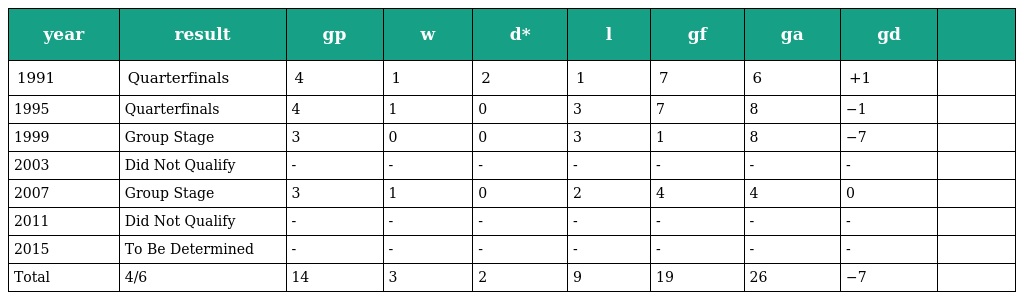
| year | result | gp | w | d* | l | gf | ga | gd |  |
 | --- | --- | --- | --- | --- | --- | --- | --- | --- | --- |
 | 1991 | Quarterfinals | 4 | 1 | 2 | 1 | 7 | 6 | +1 |  |
 | 1995 | Quarterfinals | 4 | 1 | 0 | 3 | 7 | 8 | −1 |  |
 | 1999 | Group Stage | 3 | 0 | 0 | 3 | 1 | 8 | −7 |  |
 | 2003 | Did Not Qualify | - | - | - | - | - | - | - |  |
 | 2007 | Group Stage | 3 | 1 | 0 | 2 | 4 | 4 | 0 |  |
 | 2011 | Did Not Qualify | - | - | - | - | - | - | - |  |
 | 2015 | To Be Determined | - | - | - | - | - | - | - |  |
 | Total | 4/6 | 14 | 3 | 2 | 9 | 19 | 26 | −7 |  |